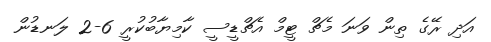
އަދި ރޭގެ ތިން ވަނަ މެޗް ޓީމް އެޗްޑީސީ ކާމިޔާބުކުރީ 6-2 ލަނޑުން